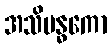
အသိဗန္ဓကော